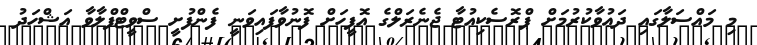
މި މައްސަލާގައި ދަޢުވާކުރުމަށް ޕްރޮސެކިއުޓާ ޖެނެރަލްގެ އޮފީހަށް ފޮނުވާފައިވަނީ ފެންފުށީ ސްވީޓްފްލާވާ އަޝްހަދު